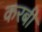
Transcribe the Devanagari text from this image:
करबी